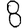
Digit: 8